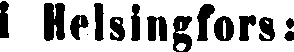
i Helsingfors: